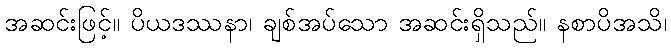
အဆင်းဖြင့်။ ပိယဒဿနာ၊ ချစ်အပ်သော အဆင်းရှိသည်။ နစာပိအသိ၊